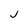
Character: j